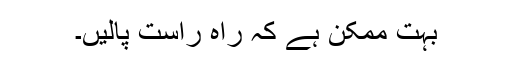
بہت ممکن ہے کہ راہِ راست پالیں۔